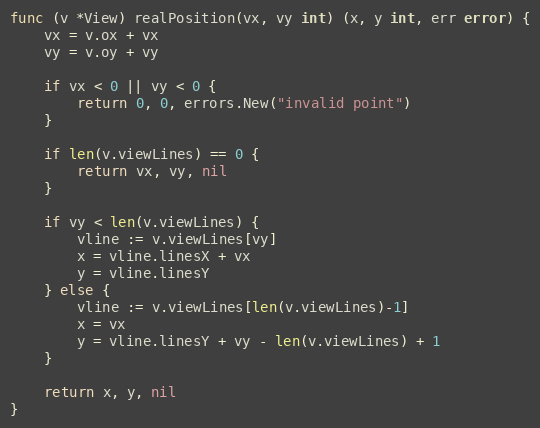
Language: Go
func (v *View) realPosition(vx, vy int) (x, y int, err error) {
	vx = v.ox + vx
	vy = v.oy + vy

	if vx < 0 || vy < 0 {
		return 0, 0, errors.New("invalid point")
	}

	if len(v.viewLines) == 0 {
		return vx, vy, nil
	}

	if vy < len(v.viewLines) {
		vline := v.viewLines[vy]
		x = vline.linesX + vx
		y = vline.linesY
	} else {
		vline := v.viewLines[len(v.viewLines)-1]
		x = vx
		y = vline.linesY + vy - len(v.viewLines) + 1
	}

	return x, y, nil
}